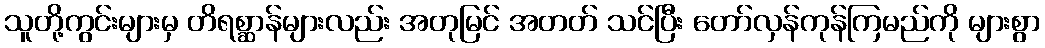
သူတို့ကွင်းများမှ တိရစ္ဆာန်များလည်း အတုမြင် အတတ် သင်ပြီး တော်လှန်ကုန်ကြမည်ကို များစွာ